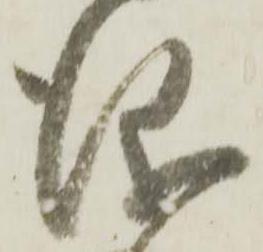
儀